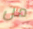
من